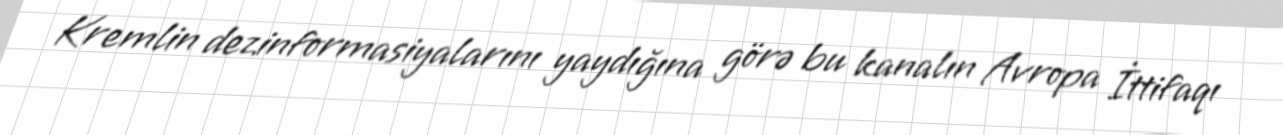
Kremlin dezinformasiyalarını yaydığına görə bu kanalın Avropa İttifaqı